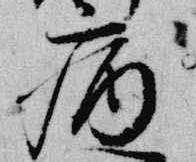
病